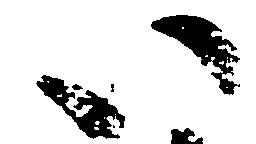
い